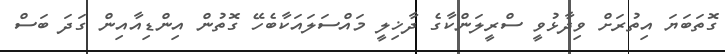
ގޮތަބަޔަ އިތުރަށް ވިދާޅުވީ ސްރީލަންކާގެ ދާޚިލީ މައްސަލައަކާބެހޭ ގޮތުން އިންޑިއާއިން ގަދަ ބަސް